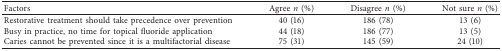
<table><thead><tr><td><b>Factors</b></td><td><b>Agree <i>n</i> (%)</b></td><td><b>Disagree <i>n</i> (%)</b></td><td><b>Not sure <i>n</i> (%)</b></td></tr></thead><tbody><tr><td>Restorative treatment should take precedence over prevention</td><td>40 (16)</td><td>186 (78)</td><td>13 (6)</td></tr><tr><td>Busy in practice, no time for topical fluoride application</td><td>44 (18)</td><td>186 (77)</td><td>13 (5)</td></tr><tr><td>Caries cannot be prevented since it is a multifactorial disease</td><td>75 (31)</td><td>145 (59)</td><td>24 (10)</td></tr></tbody></table>